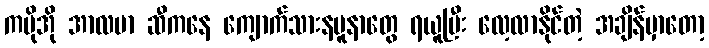
ကမိုအို အာလဗာ ဆီကနေ ကျောက်သားနမူနာတွေ ရယူပြီး လေ့လာနိုင်တဲ့ အချိန်မှာတော့